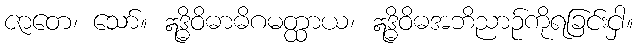
ဇာတေ၊ သော်။ ဣဒ္ဓိဝိဓာဓိဂမတ္ထာယ၊ ဣဒ္ဓိဝိဓအဘိညာဉ်ကိုရခြင်းငှါ။